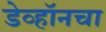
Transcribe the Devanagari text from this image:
डेव्हॉनचा